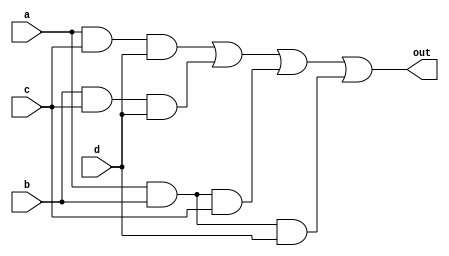
module lab1bpart1(a, b, c, d, out);
input a, b, c, d;
output out;

assign out =  (a & c & d) | (b & c & d) | (a & b & c) | (a & b & d);

endmodule